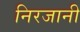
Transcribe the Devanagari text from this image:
निरजानी